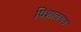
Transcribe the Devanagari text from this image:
पिशाळगड